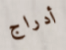
أدراج